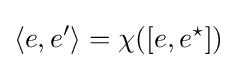
\langle e,e'\rangle =\chi ([e,e^{\star }])